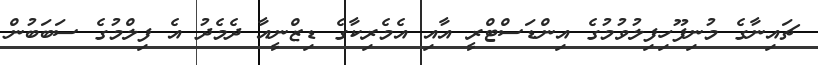
ޗައިނާގެ މުނިފޫހިފިލުވުމުގެ އިންޑަސްޓްރީ އާއި އެމެރިކާގެ ޑިޒްނީއާ ދެމެދު އެ ފިލްމުގެ ސަބަބުން